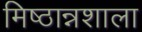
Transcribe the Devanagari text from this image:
मिष्ठान्नशाला